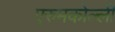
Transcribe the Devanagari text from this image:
एरुमकोल्ली